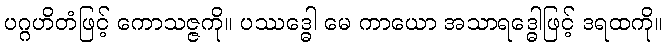
ပဂ္ဂဟိတံဖြင့် ကောသဇ္ဇကို။ ပဿဒ္ဓေါ မေ ကာယော အသာရဒ္ဓေါဖြင့် ဒရထကို။